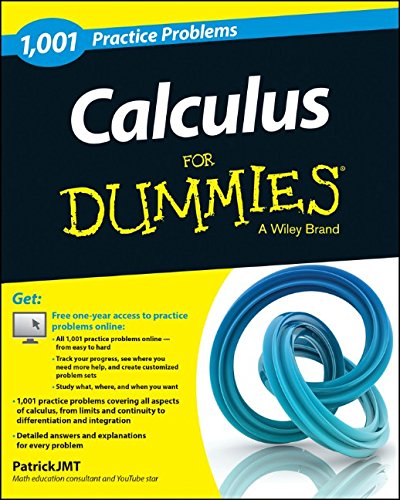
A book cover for Calculus: 1,001 Practice Problems For Dummies (+ Free Online Practice); Patrick Jones; Science & Math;